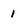
Character: 1